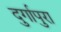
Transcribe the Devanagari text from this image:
दुर्गापुरा